Medical and sanitary report of the native army of Bengal for the year
Year: 1878
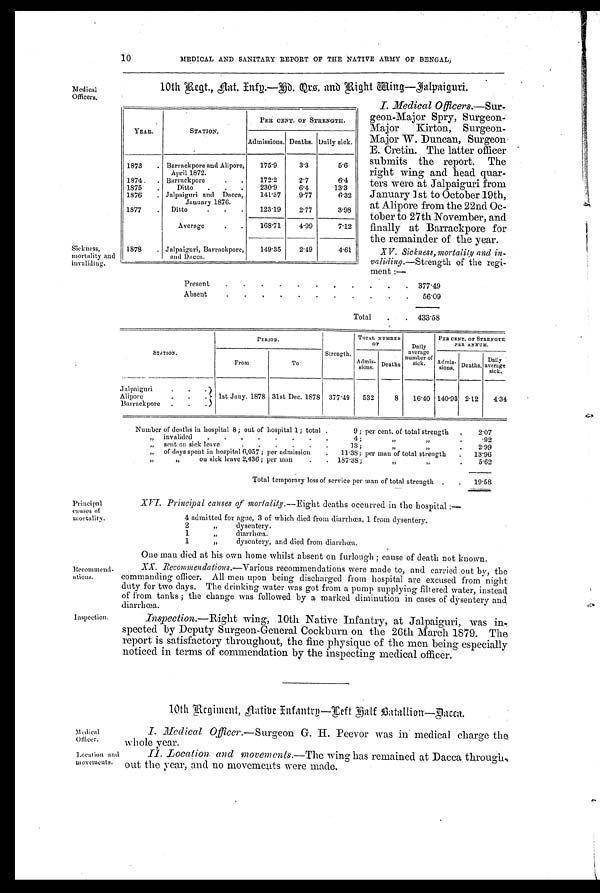
Medical
Officer.
Location and
movements.
Medical
Officers.
Sickness,
mortality and
invaliding.
10 MEDICAL AND SANITARY REPORT OF THE NATIVE ARMY OF BENGAL,
10th Regt., Nat. Infy.—Hd. Qrs. and Right Wing—Jalpaiguri.
I. Medical Officers.—Sur-
geon-Major Spry, Surgeon-
Major Kirton, Surgeon-
Major W. Duncan, Surgeon
E. Cretin. The latter officer
submits the report. The
right wing and head quar-
ters were at Jalpaiguri from
January 1st to October 19th,
at Alipore from the 22nd Oc-
tober to 27th November, and
finally at Barrackpore for
the remainder of the year.
XV. Sickness,mortality and in
- v a l i d i n g . —
Strength of the regi
- m e n t : —
YEAR.
STATION.
PER CENT. OF STRENGTH.
Admissions. Deaths. Daily sick.
1873
. Barrackpore and Alipore,
April 1872.
175.9
3.3
5.6
1874
. Barrackpore
.
.
172.2
2.7
6.4
1875
.
Ditto
.
.
.
230.9
6.4
13.3
1876
. Jalpaiguri and Dacca,
January 1876.
141.37
9.77
6.32
1877
.
Ditto
.
.
.
123.19
2.77
3.98
Average
.
.
168.71
4.99
7.12
1878
. Jalpaiguri, Barrackpore,
and Dacca.
149.35
2.49
4.61
Present
.
.
.
.
.
.
,
.
.
.
. 377.49
Absent
.
.
. . . . . . . . .
56.09
Total
.
. 433.58
STATION.
PERIOD.
Strength.
TOTAL NUMBER
O F
Daily
average
number of
sick.
PER CENT. OF STRENGTH
PER ANNUM.
From
To
Admis-
sions. Deaths
Admis
-
sions. Deaths.
Daily
average
sick.
Jalpaiguri
. . .
1st Jany. 1878 31st Dec. 1878 377.49
532
8
16.40 140.93 2.12
4.34
A l i p o r e
.
.
Barrackpore . . .
Number of deaths in hospital 8; out of hospital 1; total .
9; per cent. of total strength
.
2.07
„ invalided
.
.
. . . . . .
4;
„ „
.
.92
„ sent on sick leave
.
.
.
.
.
.
13;
„ „
„.
2.99
„ of days spent in hospital 6,057; per admission
.
11.38; per man of total strength
13.96
„ „ on sick leave 2,436; per man
.
187.38;
„ „
.
5.62
Total temporary loss of service per man of total strength .
.
19.58
Principal
causes of
mortality.
Recommend
-ations.
Inspection
XVI. Principal causes of mortality.— Eight deaths occurred in the hospital :—
4 admitted for ague, 3 of which died from diarrhœa, 1 from dysentery.
2
„ „ dysentery.
1
„ „ diarrhœa.
1
„ „ dysentery, and died from diarrhœa.
One man died at his own home whilst absent on furlough; cause of death not known.
XX. Recommendations. —Various recommendations were made to, and carried out by, the
commanding officer. All men upon being discharged from hospital are excused from night
duty for two days. The drinking water was got from a pump supplying filtered water, instead
of from tanks; the change was followed by a marked diminution in cases of dysentery and
diarrhœa.
Inspection. —Right wing, 10th Native Infantry, at Jalpaiguri, was in
-spected by Deputy Surgeon-General Cockburn on the 26th March 1879. The
report is satisfactory throughout, the fine physique of the men being especially
noticed in terms of commendation by the inspecting medical officer.
10th Regiment, Native Infantry—Left Half Batallion—Dacca.
Medical Officer. —Surgeon G. H. Peevor was in medical charge the
w hole year.
II. Location and movements. —The wing has remained at Dacca through,
out the year, and no movements were made.